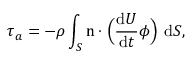
\tau _ { a } = - \rho \int _ { S } \boldsymbol { \mathrm { n } } \cdot \Bigl ( \frac { \mathrm { d } \boldsymbol { U } } { \mathrm { d } t } \phi \Bigl ) ~ \mathrm { d } S ,